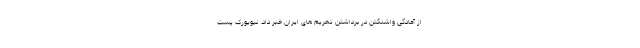
از آمادگی واشنگتن در برداشتن تحریم های ایران خبر داد. نیویورک پست